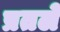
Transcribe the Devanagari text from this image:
प्रतले